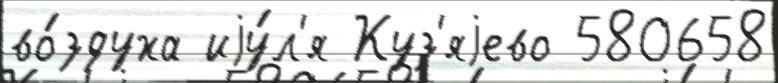
во́здуха иjу́л'я Куз'яjево 580658